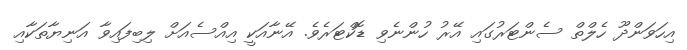
އިހަވަންދޫ ހެލްތް ސެންޓަރުގައި އޭރު ހުންނެވި ޑޮކްޓަރެވެ. އޭނާއަކީ އިއްސެއަށް ލިބިފައިވާ އަނިޔާތަކާއި